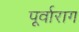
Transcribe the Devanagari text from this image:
पूर्वाराग